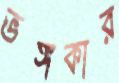
ভঙ্গকার